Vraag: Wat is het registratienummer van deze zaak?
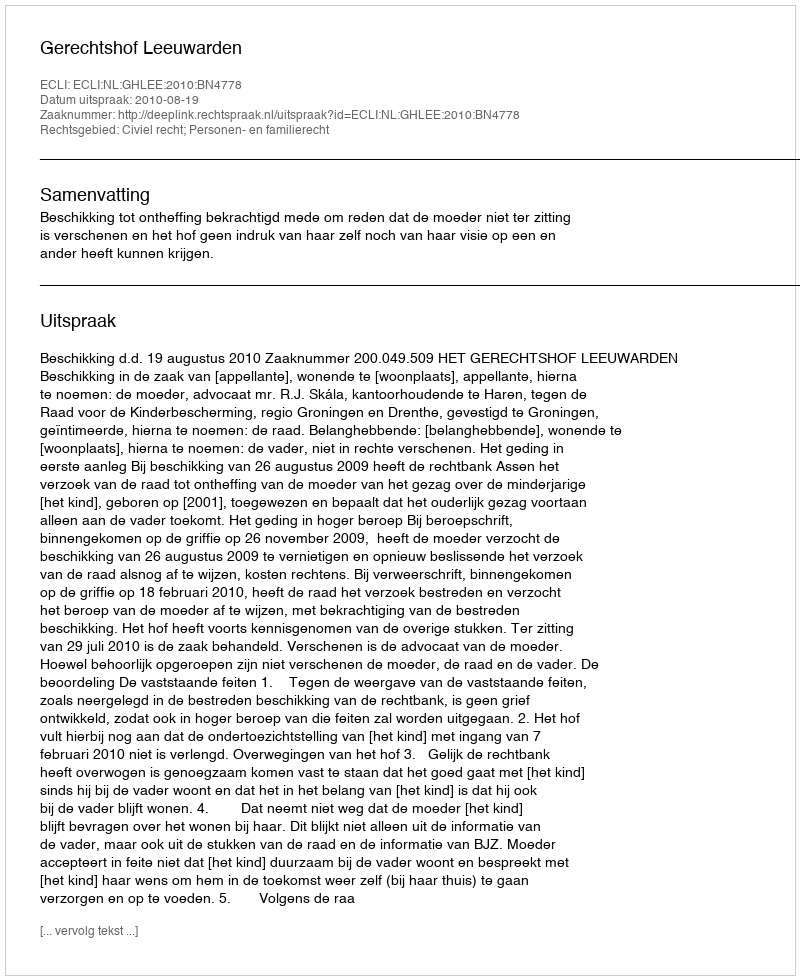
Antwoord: http://deeplink.rechtspraak.nl/uitspraak?id=ECLI:NL:GHLEE:2010:BN4778